Medical and sanitary report of the native army of Madras for the year
Year: 1876
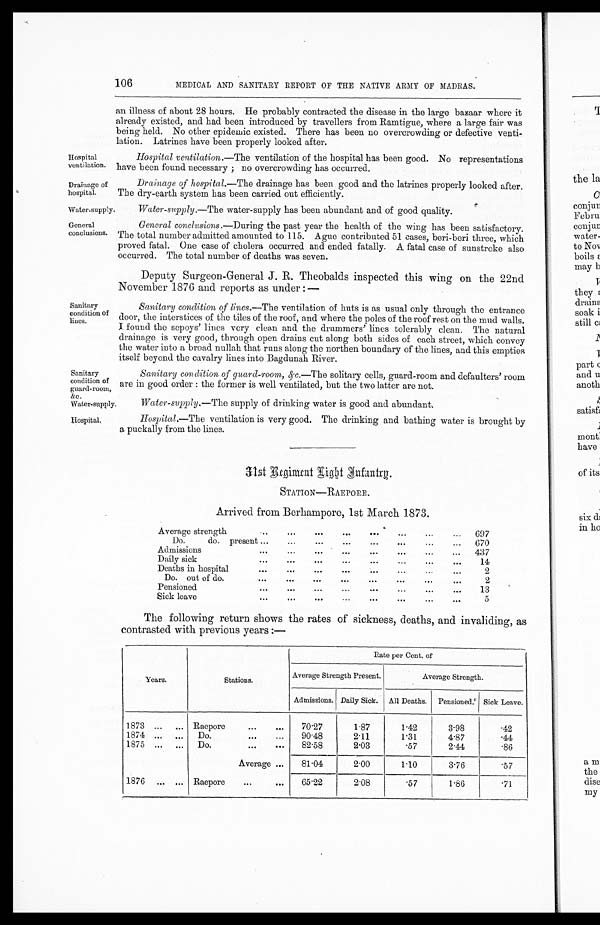
3 1 s t R e g i m e n t I
n f a n t r y .
STATION—RAEPORE.
Arrived from Berhampore, 1st March 1873.
Average strength
. . .
...
. . .
...
...
...
..
697
Do.
do. present ...
...
...
...
...
...
...
670
Admissions
...
...
...
...
...
...
...
437
Daily sick
...
...
...
...
...
...
...
14
Deaths in hospital
...
...
...
...
...
2
Do. out of do.
...
...
. . .
...
...
...
...
2
Pensioned
...
...
...
...
...
....
...
13
Sick leave
...
...
...
...
...
...
5
The following return shows the rates of sickness, deaths, and invaliding, as
contrasted with previous years:—
Years.
Stations.
Rate per Cent. of
Average Strength Present.
Average Strength.
Admissions. Daily Sick. All Deaths.
Pensioned. Sick Leave.
1873
Raepore
...
...
70.27
1 . 8 7
1.42
3.98
. 4 2
1874
. . . ...
Do.
. . .
...
90.48
2.11
1.31
4.87
. 4 4
1875
. . . ...
Do.
...
...
82 .58
2.03
.57
2.44
. 8 6
Average ...
81.04
2.00
1.10
3.76
. 5 7
1876 ... ... Raepore
...
...
65.22
2.08
. 5 7
1.86
. 7 1
Sanitary
condition of
lines.
Hospital l
ventilation.
Drainage of
hospital.
Water-supply.
General
conclusions.
Sanitary
condition of
guard-room,
&c.
Water-supply.
hospital,
106
MEDICAL AND SANITARY REPORT OF THE NATIVE ARMY OF MADRAS.
an illness of about 28 hours. He probably contracted the disease in the large bazaar where it
already existed, and had been introduced by travellers from Ramtigue, where a large fair was
being held. No other epidemic existed. There has been no overcrowding or defective
v e n t i -
lation. Latrines have been properly looked after.
Hospital ventilation.—The ventilation of the hospital has been good. No epresentations
have been found necessary; no overcrowding has occurred.
Drainage of hospital.—The drainage has been good and the latrines properly looked after.
The dry-earth system has been carried out efficiently.
Water-supply.—The water-supply has been abundant and of good quality.
General conclusions.—During the past year the health of the wing has been satisfactory.
The total number admitted amounted to 115. Ague contributed 51 cases, beri-beri three, which
proved fatal. One case of cholera occurred and ended fatally. A fatal case of sunstroke also
occurred. The total number of deaths was seven.
Deputy Surgeon-General J. R. Theobalds inspected this wing on the 22nd
November 1876 and reports as under: —
Sanitary condition of lines.
—
The ventilation of huts is as usual only through the entrance
door, the interstices of the tiles of the roof, and where the poles of the roof rest on the mud walls.
I found the sepoys' lines very clean and the drummers' lines tolerably clean. The natural
drainage is very good, through open drains cut along both sides of each street, which convey
the water into a broad nullah that runs along the northen boundary of the lines, and this empties
itself beyond the cavalry lines into Bagdunah River.
Saitary condition of guard-room, &c .
—
The solitary cells, guard-room and defaulters' room
are in good order : the former is well ventilated, but the two latter are not.
Water-supply.—The supply of drinking water is good and abundant.
Hosp ital.—The ventilation is very good. The drinking and bathing water is brought by
a puckally from the lines.